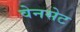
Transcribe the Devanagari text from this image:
वेनसेट